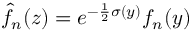
\hat { f } _ { n } ( z ) = e ^ { - \frac { 1 } { 2 } \sigma ( y ) } f _ { n } ( y )